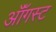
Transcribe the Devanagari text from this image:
ऑॅगस्ट